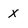
Character: X